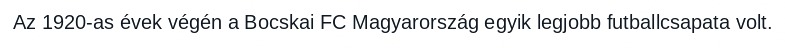
Az 1920-as évek végén a Bocskai FC Magyarország egyik legjobb futballcsapata volt.